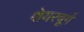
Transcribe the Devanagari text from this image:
शेयरवूर्ग